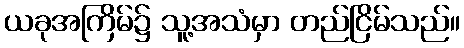
ယခုအကြိမ်၌ သူ့အသံမှာ တည်ငြိမ်သည်။